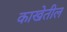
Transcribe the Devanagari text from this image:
काखेतील